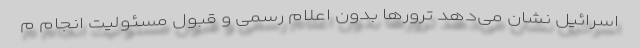
اسرائیل نشان می‌دهد ترورها بدون اعلام رسمی و قبول مسئولیت انجام م